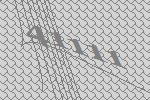
41111